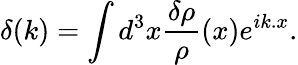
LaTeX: \delta(k)=\int d^{3}x{\frac{\delta\rho}{\rho}}(x)e^{ik.x}.